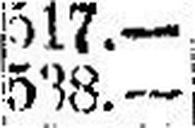
538.—